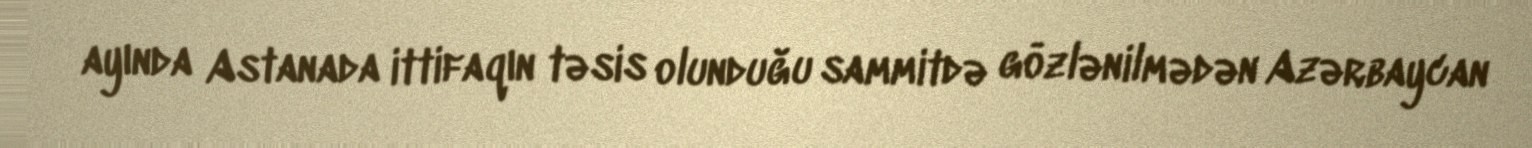
ayında Astanada ittifaqın təsis olunduğu sammitdə gözlənilmədən Azərbaycan